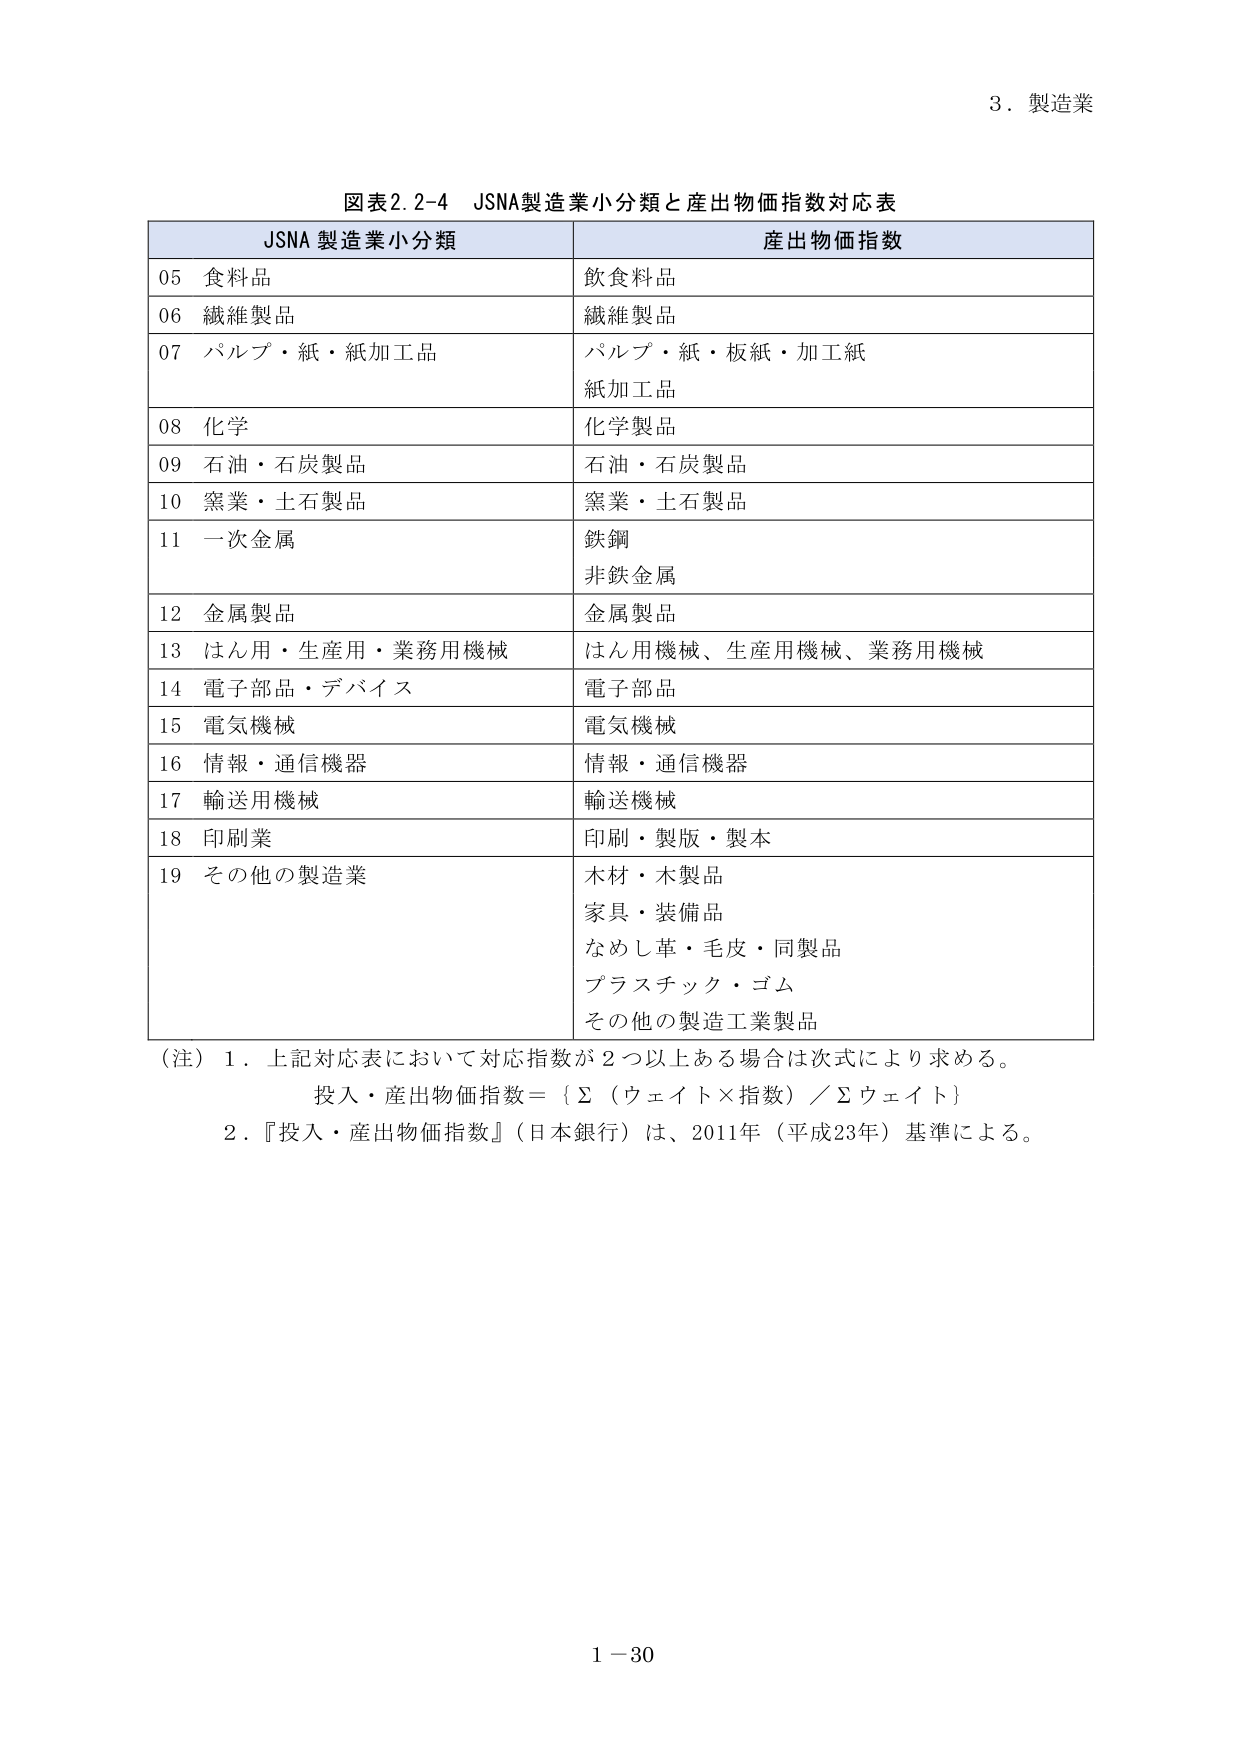
3．製造業

図表2.2-4 JSNA製造業小分類と産出物価指数対応表

JSNA 製造業小分類　　　　　　　　　　　産出物価指数

05 食料品　　　　　　　　　　　　　　　　飲食料品
06 繊維製品　　　　　　　　　　　　　　　繊維製品
07 パルプ・紙・紙加工品　　　　　　　　　パルプ・紙・板紙・加工紙
　　　　　　　　　　　　　　　　　　　　紙加工品
08 化学　　　　　　　　　　　　　　　　　化学製品
09 石油・石炭製品　　　　　　　　　　　　石油・石炭製品
10 窯業・土石製品　　　　　　　　　　　　窯業・土石製品
11 一次金属　　　　　　　　　　　　　　　鉄鋼
　　　　　　　　　　　　　　　　　　　　非鉄金属
12 金属製品　　　　　　　　　　　　　　　金属製品
13 はん用・生産用・業務用機械　　　　　　はん用機械、生産用機械、業務用機械
14 電子部品・デバイス　　　　　　　　　　電子部品
15 電気機械　　　　　　　　　　　　　　　電気機械
16 情報・通信機器　　　　　　　　　　　　情報・通信機器
17 輸送用機械　　　　　　　　　　　　　　輸送機械
18 印刷業　　　　　　　　　　　　　　　　印刷・製版・製本
19 その他の製造業　　　　　　　　　　　　木材・木製品
　　　　　　　　　　　　　　　　　　　　家具・装備品
　　　　　　　　　　　　　　　　　　　　なめし革・毛皮・同製品
　　　　　　　　　　　　　　　　　　　　プラスチック・ゴム
　　　　　　　　　　　　　　　　　　　　その他の製造工業製品

（注）1．上記対応表において対応指数が2つ以上ある場合は次式により求める。
　　　投入・産出物価指数＝｛Σ（ウェイト×指数）／Σウェイト｝
　　2．『投入・産出物価指数』（日本銀行）は、2011年（平成23年）基準による。

1－30